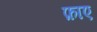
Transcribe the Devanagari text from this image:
फ़ाए